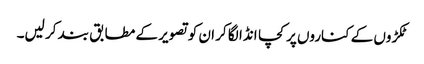
ٹکڑوں کے کناروں پر کچا انڈا لگا کر ان کو تصویر کے مطابق بند کر لیں۔